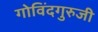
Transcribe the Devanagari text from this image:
गोविंदगुरुजी